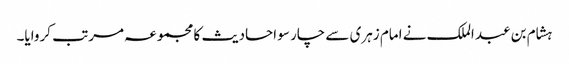
ہشام بن عبد الملک نے امام زہری سے چار سو احادیث کا مجموعہ مرتب کروایا۔